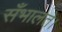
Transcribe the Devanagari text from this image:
सँभालते।